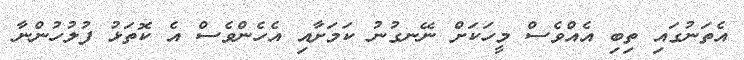
އެތަނުގައި ތިބި އެއްވެސް މީހަކަށް ނޭނގުނު ކަމަށާއި އެހެންވެސް އެ ކޮތަޅު ފުލުހުންނާ